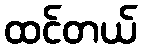
ထင်တယ်